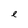
Character: e